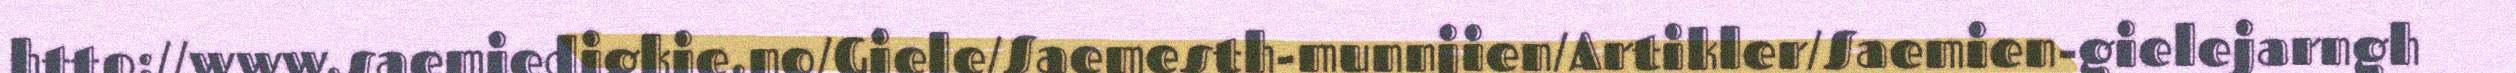
http://www.saemiedigkie.no/Giele/Saemesth-munnjien/Artikler/Saemien-gielejarngh